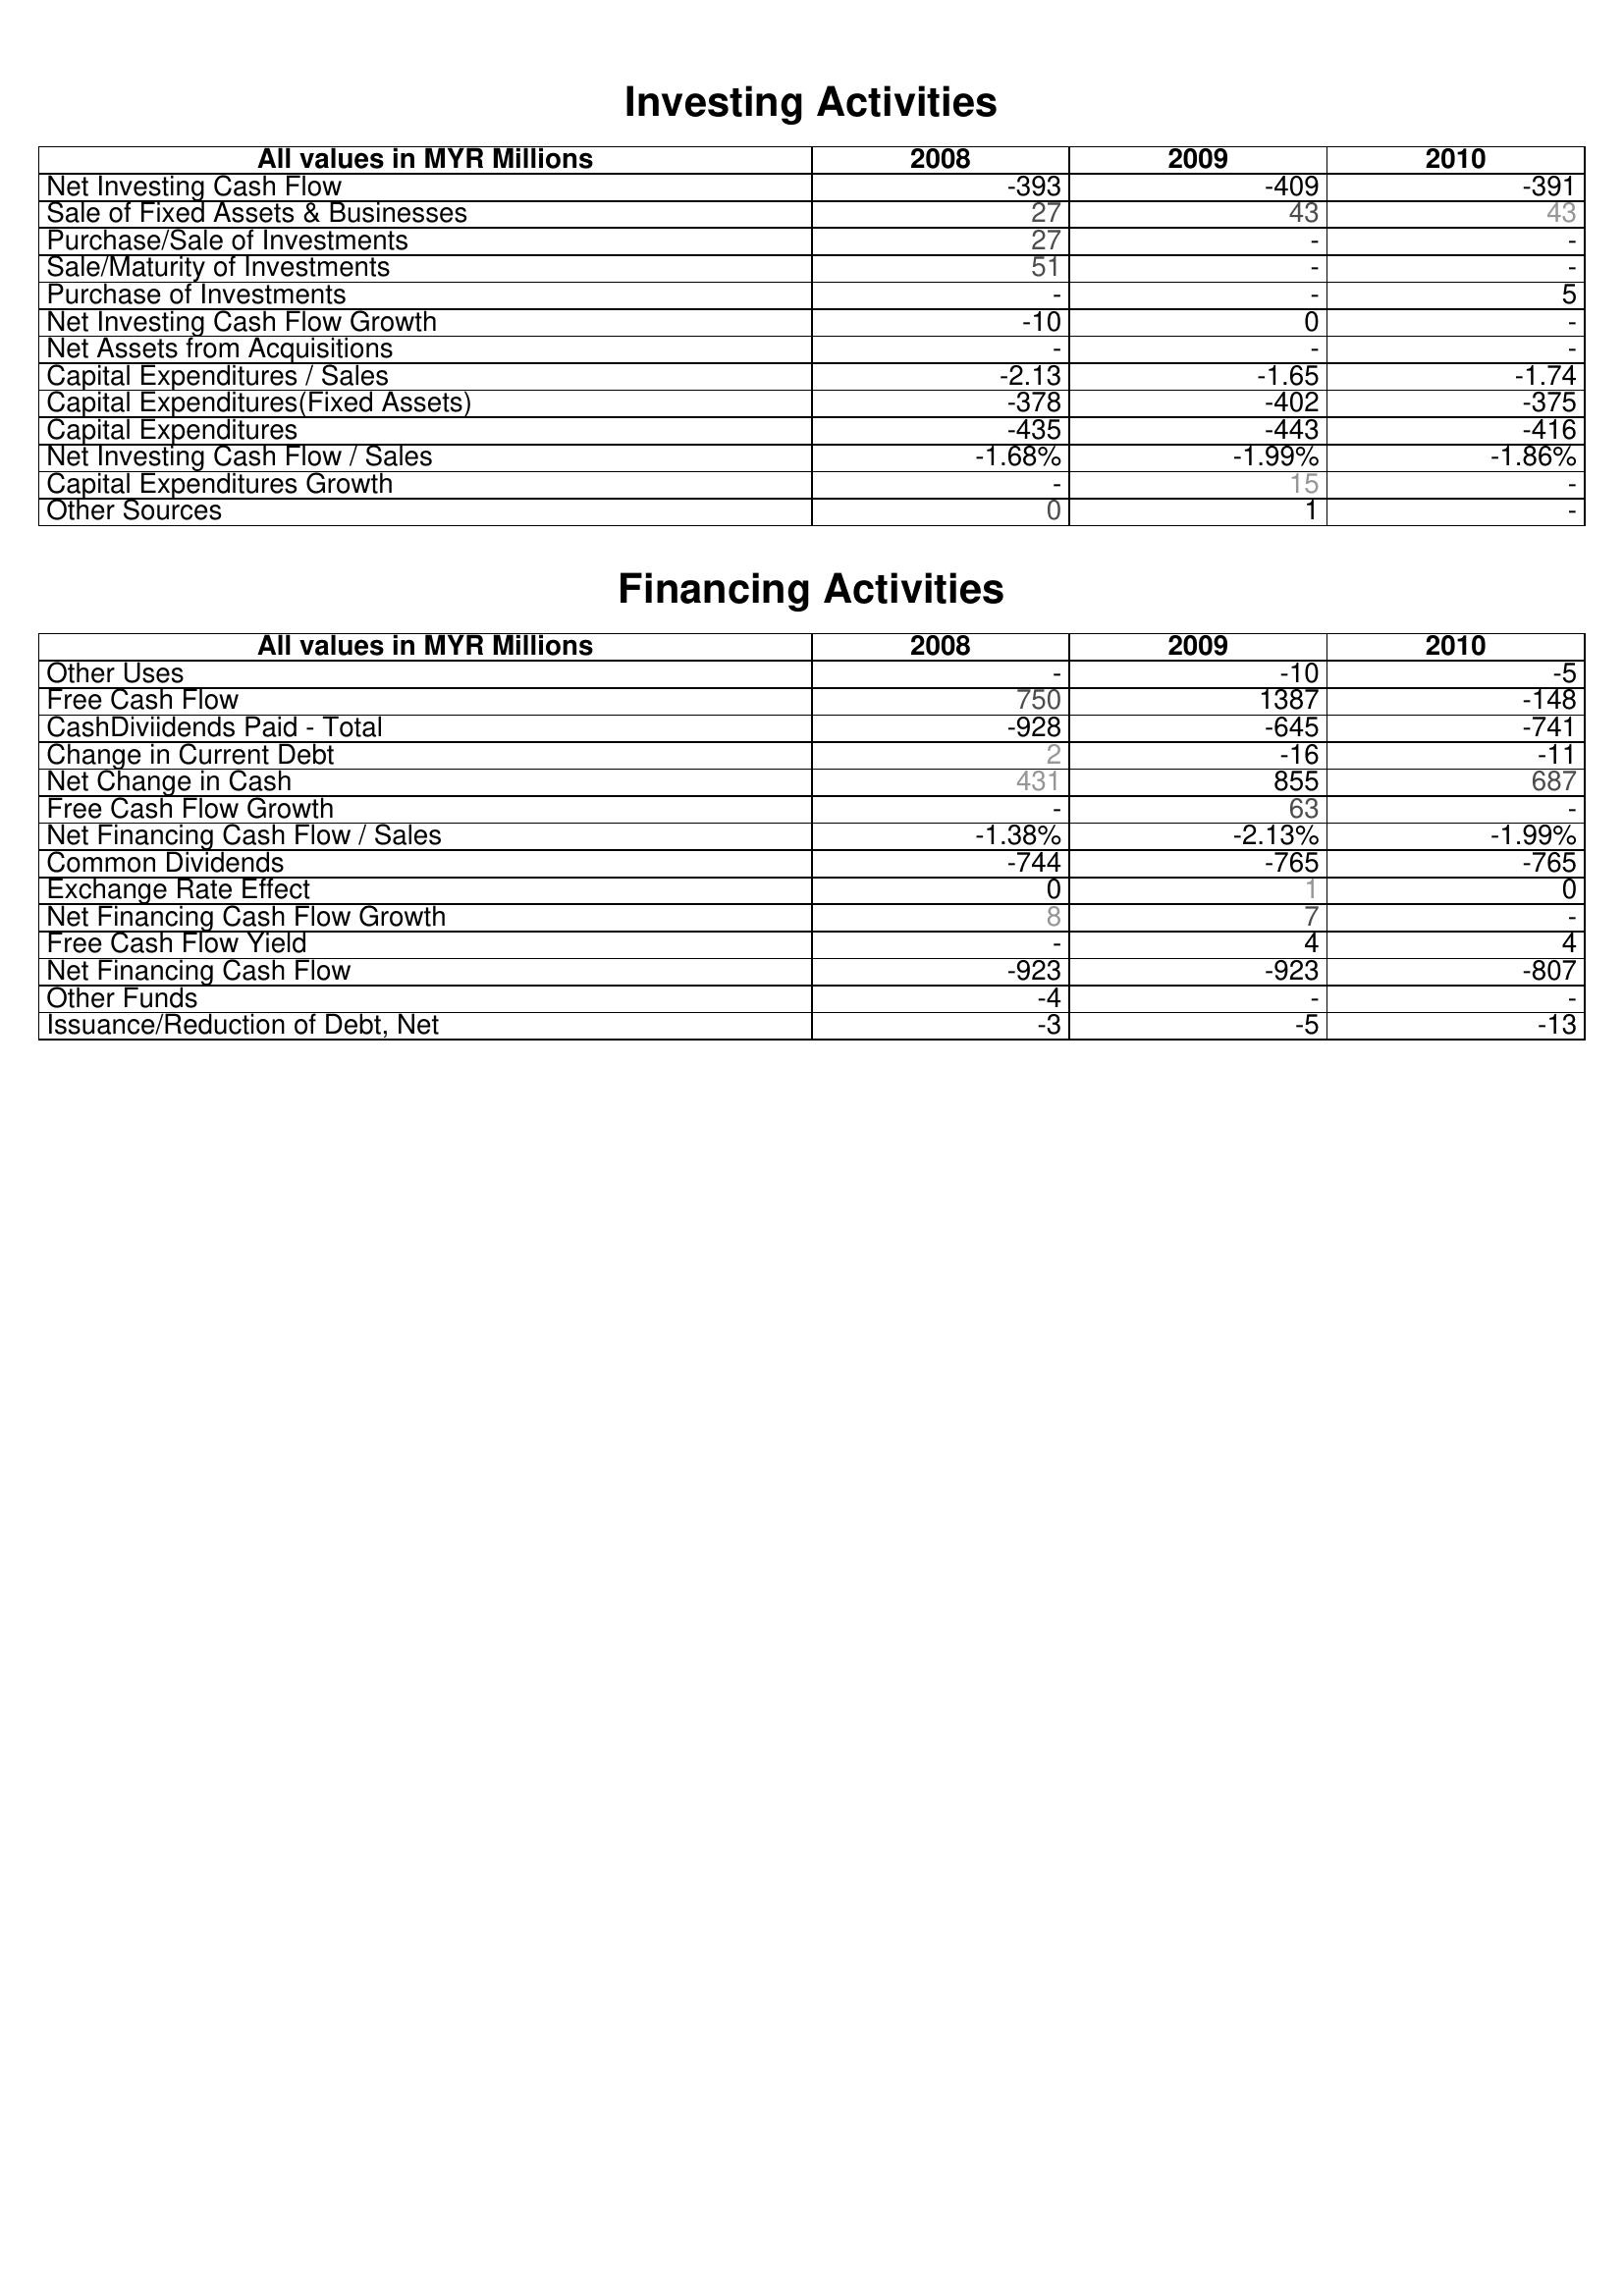
2008: Investing Activities: Net Investing Cash Flow: -393
Sale of Fixed Assets & Businesses: 27
Purchase/Sale of Investments: 27
Sale/Maturity of Investments: 51
Purchase of Investments: -
Net Investing Cash Flow Growth: -10
Net Assets from Acquisitions: -
Capital Expenditures / Sales: -2.13
Capital Expenditures(Fixed Assets): -378
Capital Expenditures: -435
Net Investing Cash Flow / Sales: -1.68%
Capital Expenditures Growth: -
Other Sources: 0
Financing Activities: Other Uses: -
Free Cash Flow: 750
CashDiviidends Paid - Total: -928
Change in Current Debt: 2
Net Change in Cash: 431
Free Cash Flow Growth: -
Net Financing Cash Flow / Sales: -1.38%
Common Dividends: -744
Exchange Rate Effect: 0
Net Financing Cash Flow Growth: 8
Free Cash Flow Yield: -
Net Financing Cash Flow: -923
Other Funds: -4
Issuance/Reduction of Debt, Net: -3
2009: Investing Activities: Net Investing Cash Flow: -409
Sale of Fixed Assets & Businesses: 43
Purchase/Sale of Investments: -
Sale/Maturity of Investments: -
Purchase of Investments: -
Net Investing Cash Flow Growth: 0
Net Assets from Acquisitions: -
Capital Expenditures / Sales: -1.65
Capital Expenditures(Fixed Assets): -402
Capital Expenditures: -443
Net Investing Cash Flow / Sales: -1.99%
Capital Expenditures Growth: 15
Other Sources: 1
Financing Activities: Other Uses: -10
Free Cash Flow: 1387
CashDiviidends Paid - Total: -645
Change in Current Debt: -16
Net Change in Cash: 855
Free Cash Flow Growth: 63
Net Financing Cash Flow / Sales: -2.13%
Common Dividends: -765
Exchange Rate Effect: 1
Net Financing Cash Flow Growth: 7
Free Cash Flow Yield: 4
Net Financing Cash Flow: -923
Other Funds: -
Issuance/Reduction of Debt, Net: -5
2010: Investing Activities: Net Investing Cash Flow: -391
Sale of Fixed Assets & Businesses: 43
Purchase/Sale of Investments: -
Sale/Maturity of Investments: -
Purchase of Investments: 5
Net Investing Cash Flow Growth: -
Net Assets from Acquisitions: -
Capital Expenditures / Sales: -1.74
Capital Expenditures(Fixed Assets): -375
Capital Expenditures: -416
Net Investing Cash Flow / Sales: -1.86%
Capital Expenditures Growth: -
Other Sources: -
Financing Activities: Other Uses: -5
Free Cash Flow: -148
CashDiviidends Paid - Total: -741
Change in Current Debt: -11
Net Change in Cash: 687
Free Cash Flow Growth: -
Net Financing Cash Flow / Sales: -1.99%
Common Dividends: -765
Exchange Rate Effect: 0
Net Financing Cash Flow Growth: -
Free Cash Flow Yield: 4
Net Financing Cash Flow: -807
Other Funds: -
Issuance/Reduction of Debt, Net: -13